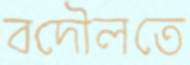
বদৌলতে